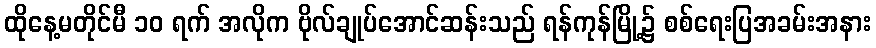
ထိုနေ့မတိုင်မီ ၁၀ ရက် အလိုက ဗိုလ်ချုပ်အောင်ဆန်းသည် ရန်ကုန်မြို့၌ စစ်ရေးပြအခမ်းအနား